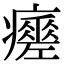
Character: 𤻸